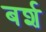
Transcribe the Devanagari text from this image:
बर्श